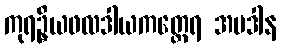
ကုရဦ္စယဖလဒါယကတ္ထေရ အပဒါန